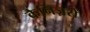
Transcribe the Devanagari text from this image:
कैनिज़रों